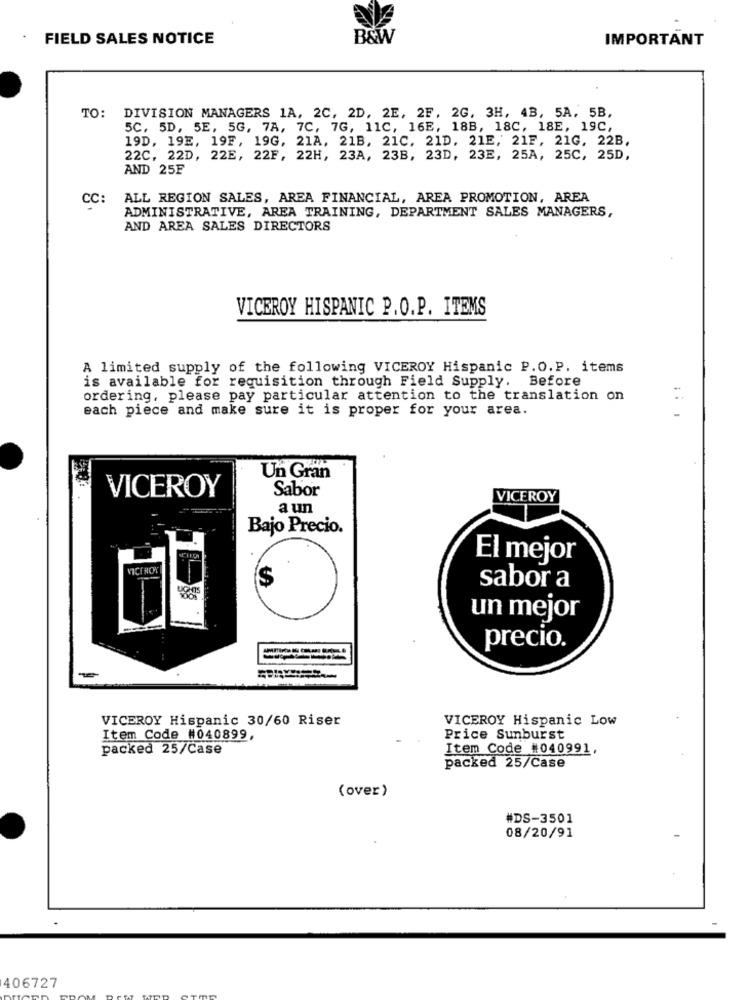
FIELD SALES NOTICE
B&W
IMPORTANT
TO: DIVISION MANAGERS 1A, 2C, 2D, 2E, 2F. 2G, 3H, 4B, 5A, 5B,
5C, 5D, 5E, 5G, 7A, 7C, 7G, 11C, 16E, 18B, 18C, 18E, 19C,
19D, 19E, 19F, 19G, 21A, 21B, 21C. 21D, 21E, 21F, 21G, 22B,
22C, 22D, 22E, 22F, 22H, 23A, 23B, 23D, 23E, 25A, 25C, 25D,
AND 25F
CC:
ALL REGION SALES, AREA FINANCIAL, AREA PROMOTION, AREA
ADMINISTRATIVE, AREA TRAINING, DEPARTMENT SALES MANAGERS,
AND AREA SALES DIRECTORS
VICEROY HISPANIC P.O.P. ITEMS
A limited supply of the following VICEROY Hispanic P.O.P. items
is available for requisition through Field Supply. Before
ordering, please pay particular attention to the translation on
each piece and make sure it is proper for your area.
Un Gran
VICEROY
Sabor
VICEROY
a un
Bajo Precio.
El mejor
S
sabor a
un mejor
precio.
VICEROY Hispanic 30/60 Riser
VICEROY Hispanic Low
Item Code #040899,
Price Sunburst
packed 25/Case
Item Code #040991,
packed 25/Case
(over)
#DS-3501
08/20/91
406727